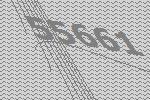
55661